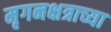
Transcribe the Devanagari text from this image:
मृगनक्षत्राच्या